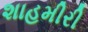
શાહમીરી